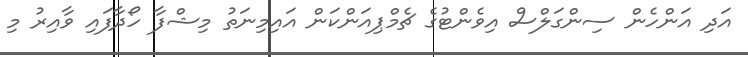
އަދި އަންހެން ސިންގަލްސް އިވެންޓުގެ ޗެމްޕިއަންކަން އައިމިނަތު މިޝްފާ ހޯދާފައި ވާއިރު މި